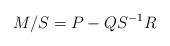
LaTeX: \begin{align*}M/S=P-QS^{-1}R \end{align*}